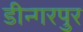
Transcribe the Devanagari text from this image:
डीन्गरपुर